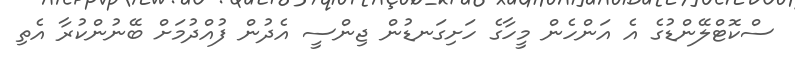
ސްކޮޓްލޭންޑުގެ އެ އަންހެން މީހާގެ ހަށިގަނޑުން ޖިންސީ އެދުން ފުއްދުމަށް ބޭނުންކުރާ އެތި